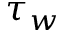
\tau _ { w }